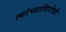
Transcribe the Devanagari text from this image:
त्यांच्याविरोधी